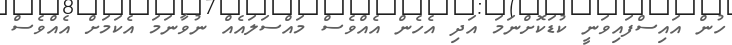
ހުން އައިސްފައިވަނީ ކުޑަކޮށްނަމަ އަދި އެހެން އެއްވެސް މައްސަލައެއް ނުވާނަމަ އެކަމަށް އެއްވެސް